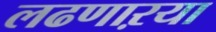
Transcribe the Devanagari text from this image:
लढणाऱया